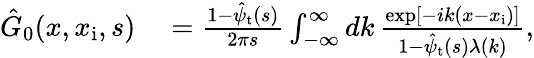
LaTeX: \begin{array}{rl}{\hat{G}_{0}(x,x_{\mathrm{i}},s)}&{{}=\frac{1-\hat{\psi}_{\mathrm{t}}(s)}{2\pi s}\int_{-\infty}^{\infty}dk\, \frac{\exp[-ik(x-x_{\mathrm{i}})]}{1-\hat{\psi}_{\mathrm{t}}(s)\lambda(k)},}\end{array}